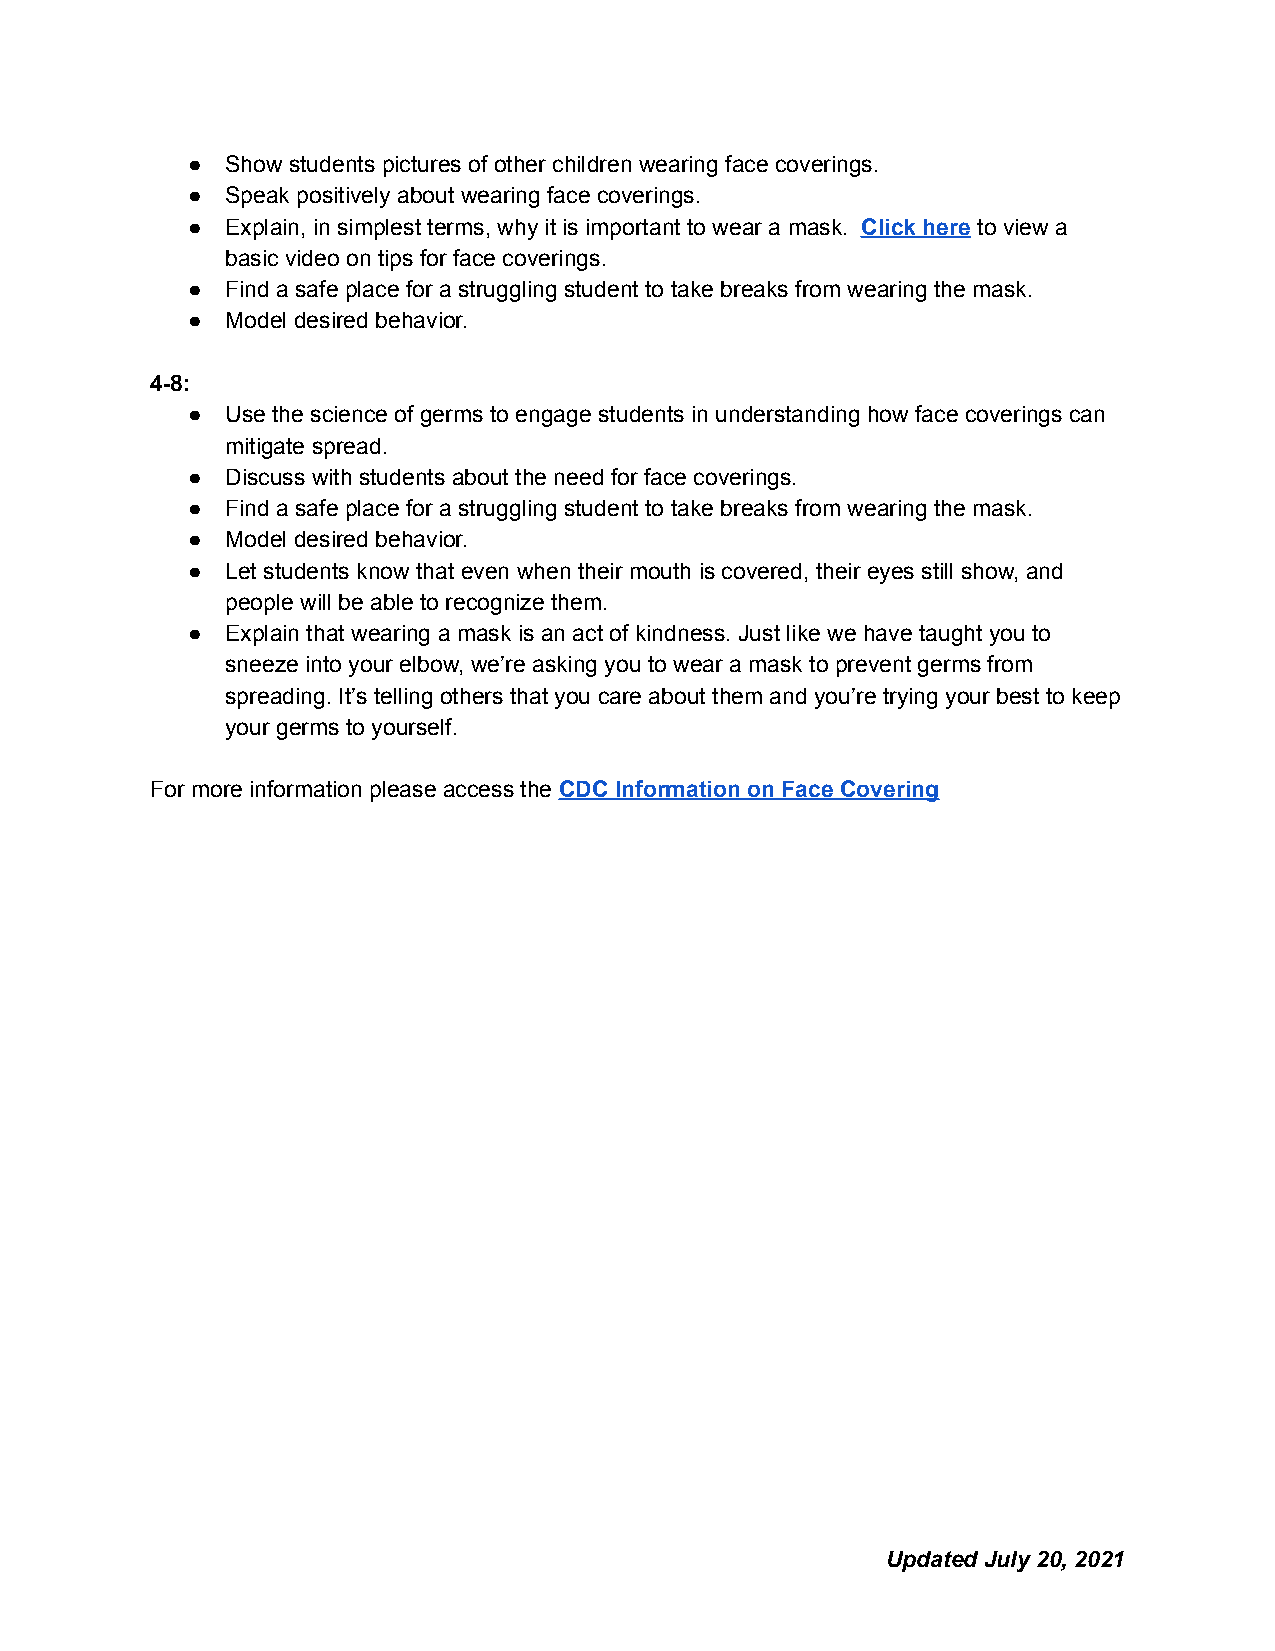
●  Show students pictures of other children wearing face coverings.
 ●  Speak positively about wearing face coverings.
 ●  Explain, in simplest terms, why it is important to wear a mask. Click here to view a
 basic video on tips for face coverings.
 ●  Find a safe place for a struggling student to take breaks from wearing the mask.
 ●  Model desired behavior.
 4-8:
 ●  Use the science of germs to engage students in understanding how face coverings can
 mitigate spread.
 ●  Discuss with students about the need for face coverings.
 ●  Find a safe place for a struggling student to take breaks from wearing the mask.
 ●  Model desired behavior.
 ●  Let students know that even when their mouth is covered, their eyes still show, and
 people will be able to recognize them.
 ●  Explain that wearing a mask is an act of kindness. Just like we have taught you to
 sneeze into your elbow, we’re asking you to wear a mask to prevent germs from
 spreading. It’s telling others that you care about them and you’re trying your best to keep
 your germs to yourself.
 For more information please access the CDC Information on Face Covering
 Updated July 20, 2021